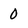
Character: 0